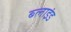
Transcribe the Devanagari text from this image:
ब्‍लाइंड